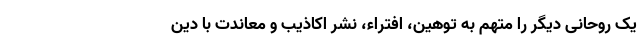
یک روحانی دیگر را متهم به توهین، افتراء، نشر اکاذیب و معاندت با دین